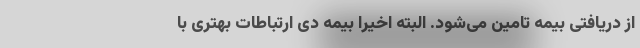
از دریافتی بیمه تامین می‌شود. البته اخیرا بیمه دی ارتباطات بهتری با